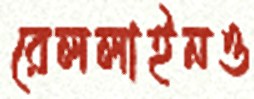
রেললাইনও